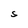
Character: S